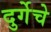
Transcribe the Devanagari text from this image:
दुर्गेचे